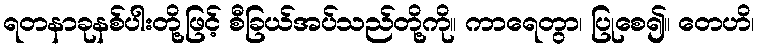
ရတနာခုနစ်ပါးတို့ဖြင့် စီခြယ်အပ်သည်တို့ကို။ ကာရေတွာ၊ ပြုစေ၍။ တေဟိ၊